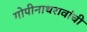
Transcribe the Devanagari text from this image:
गोपीनाथरावांची